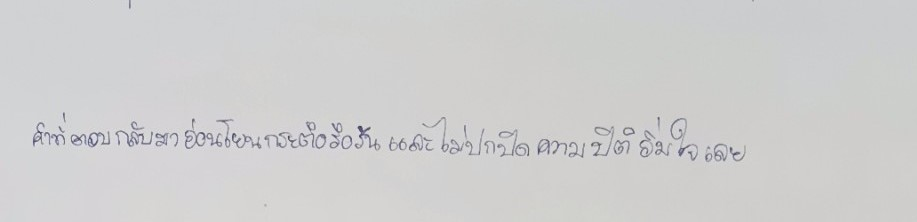
คำที่ตอบกลับมาอ่อนโยนกระตือรือร้นและไม่ปกปิดความปีติอิ่มใจเลย